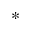
^ *